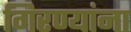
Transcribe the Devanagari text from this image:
गिरण्यांना